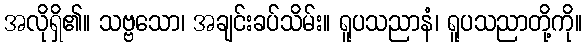
အလိုရှိ၏။ သဗ္ဗသော၊ အချင်းခပ်သိမ်း။ ရူပသညာနံ၊ ရူပသညာတို့ကို။